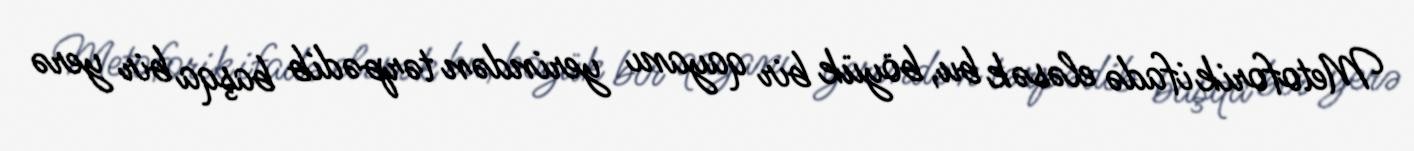
Metoforik ifadə eləsək bu, böyük bir qayanı yerindən tərpədib başqa bir yerə